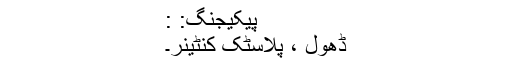
پیکیجنگ: :
ڈھول ، پلاسٹک کنٹینر۔